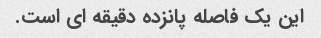
این یک فاصله پانزده دقیقه ای است.